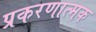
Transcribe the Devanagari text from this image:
प्रकरणात्मक